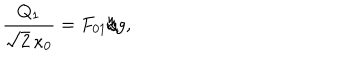
\frac { Q _ { 1 } } { \sqrt { 2 } \, \kappa _ { 0 } } = F _ { 0 1 } / g ,